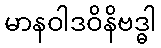
မာနဝါဒဝိနိဗဒ္ဓါ